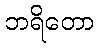
ဘရိတော